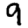
Digit: 9